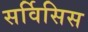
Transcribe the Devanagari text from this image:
सर्विसिस